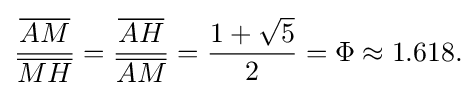
{\frac {\overline {AM}}{\overline {MH}}}={\frac {\overline {AH}}{\overline {AM}}}={\frac {1+{\sqrt {5}}}{2}}=\Phi \approx 1.618{\text{.}}